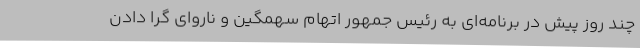
چند روز پیش در برنامه‌ای به رئیس جمهور اتهام سهمگین و ناروای گرا دادن